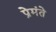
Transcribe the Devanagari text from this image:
प्रेमंते